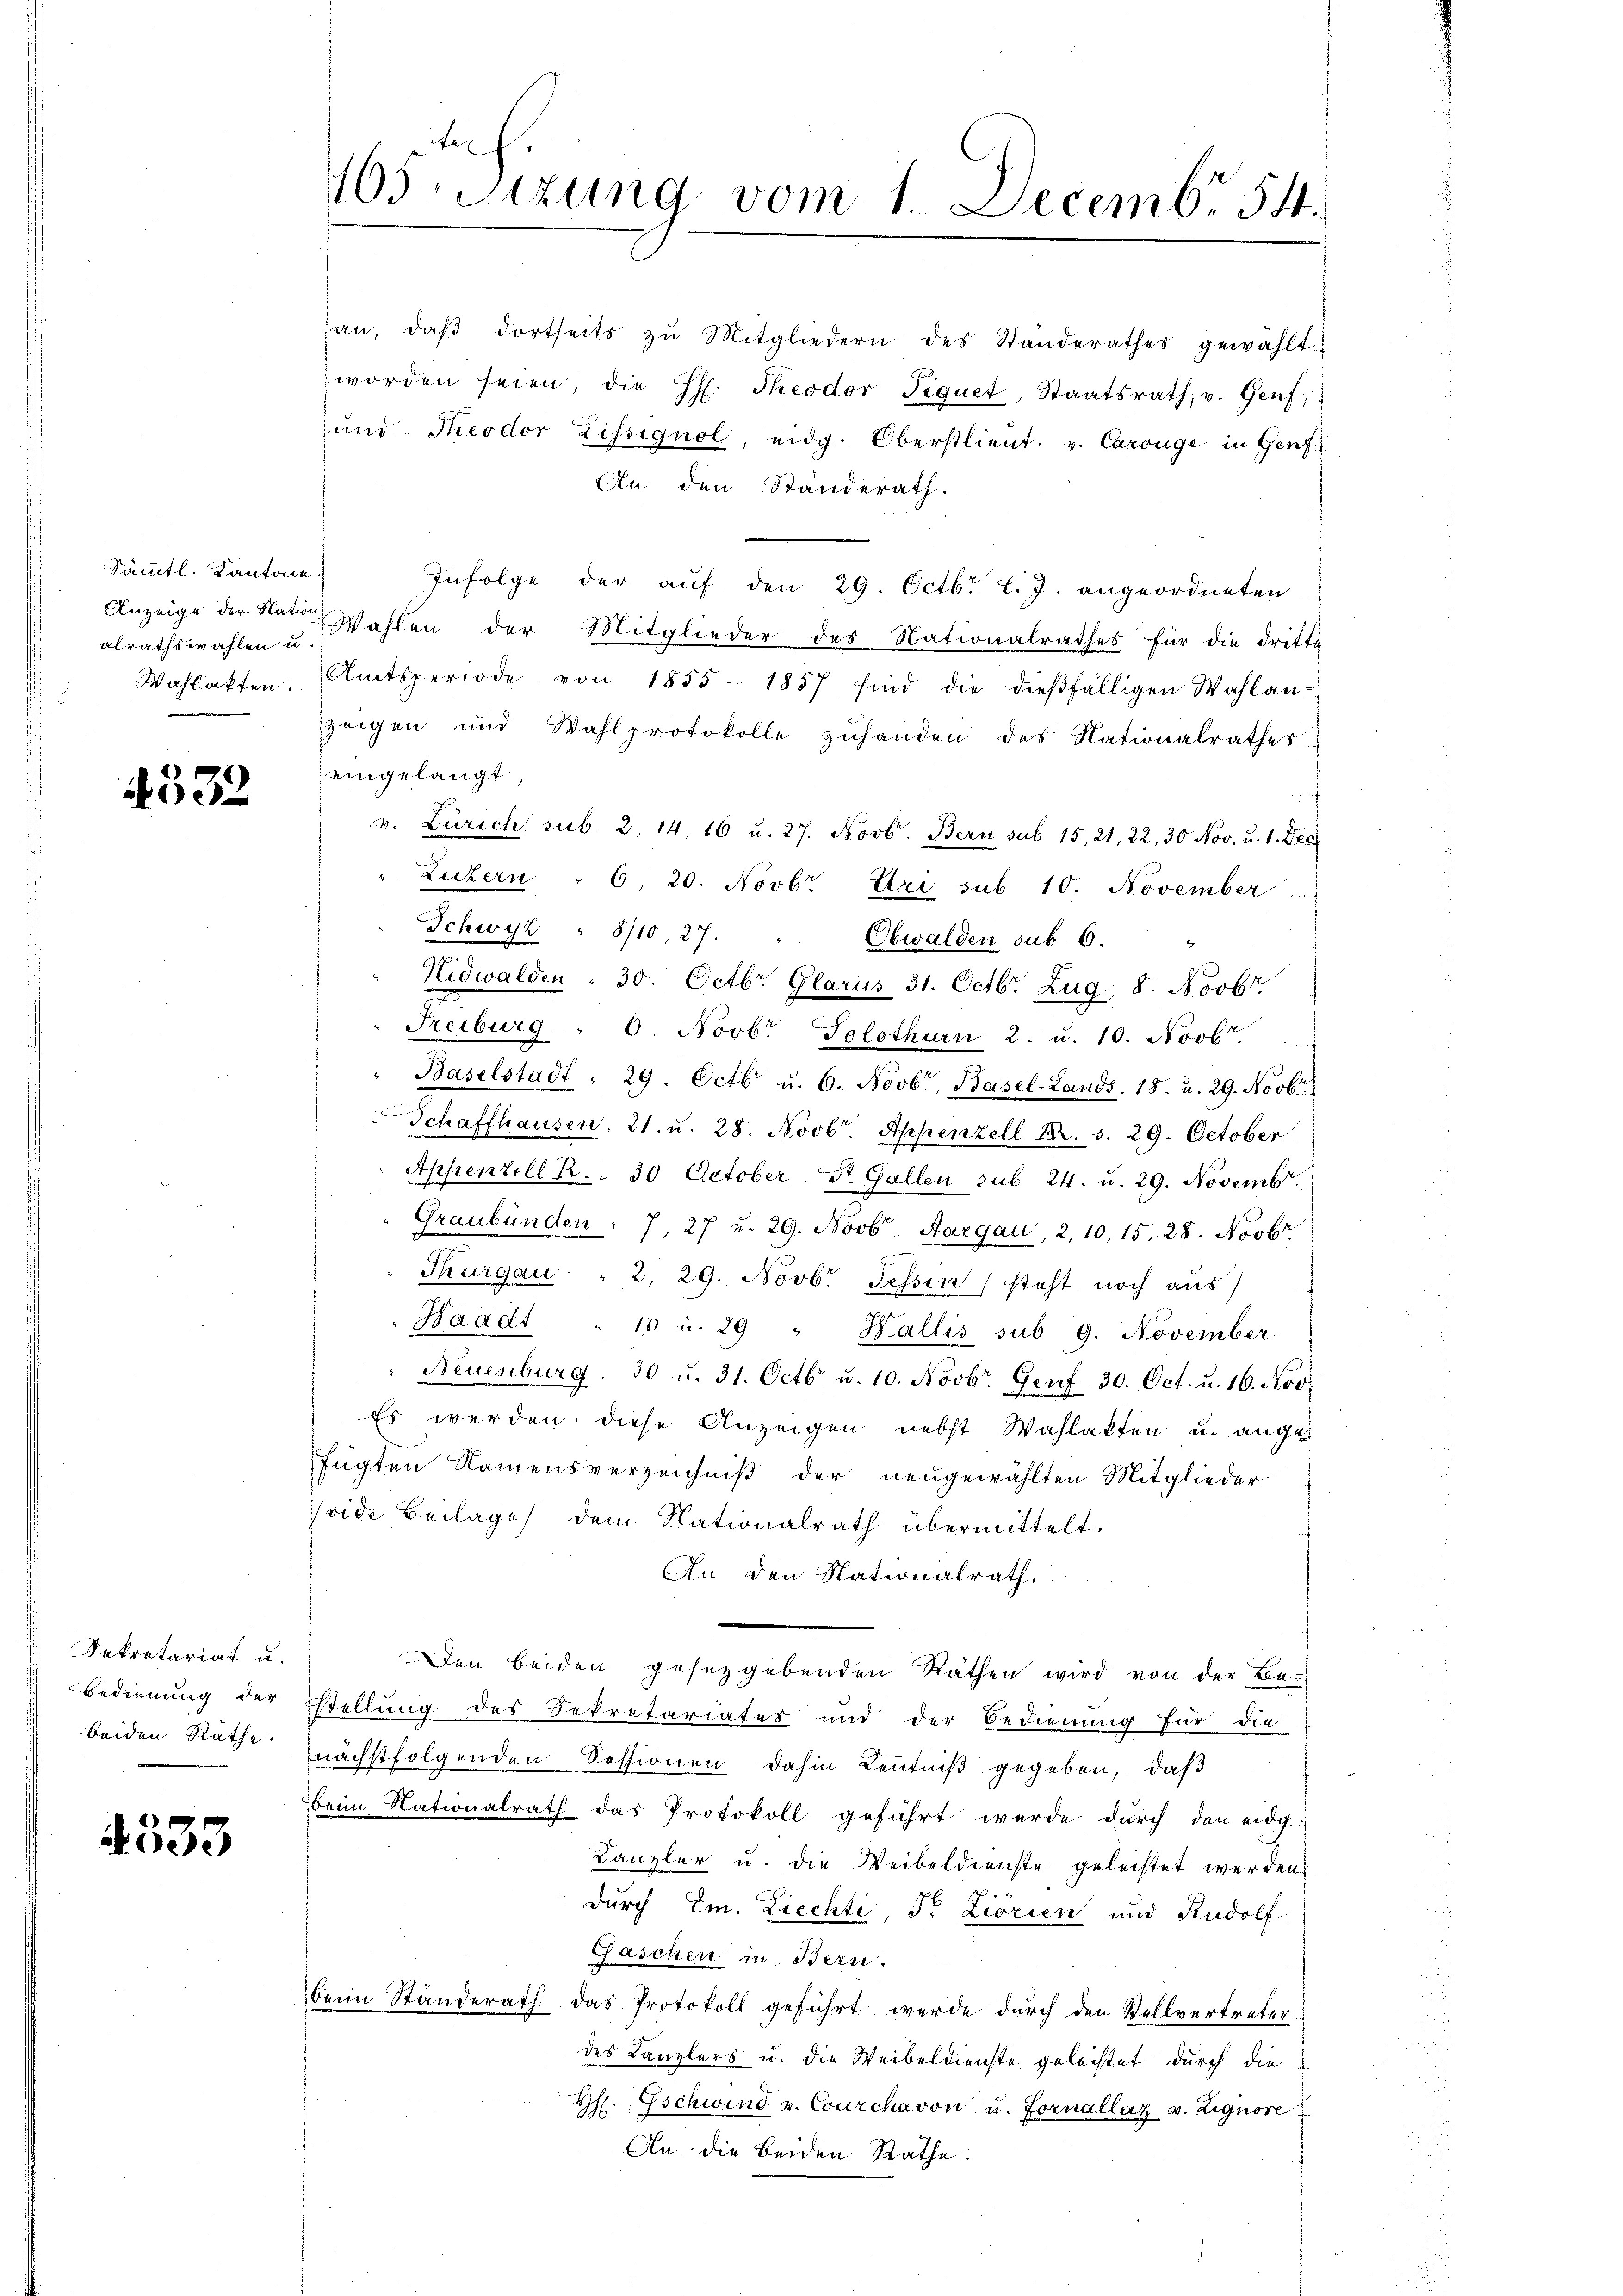
Sämmtl. Kantone.
alrathswahlen u.
Wahlakten.

4532

Sekretariat u.
Bedienung der
beiden Räthe.

4533

an, daβ dortseits zŭ Mitgliedern des Standerathes gewählt
worden seien, die h. Theodor Piquet, Staatsrath, u. Genf,
und Theodor Zissignol, eidg. Oberstlieut. v. Carouge in Genf
An den Standerath.
Infolge der auf den 29. Octbr. l. J. angeordneten
Anzeige der Natur Wahlen der Mitglieder des Nationalrathes für die dritte
Amtsperiode von 1855 - 1857 sind die dießfälligen Wahlan-
zeigen und Wahlprotokolle zuhanden des Nationalrathes
eingelangt,
v. Zürich sub. 2. 14. 16 u. 27. Novb. Bern sub 15, 21, 22, 30 Nov. u. 1. Dec
Luzern - 6. 20. Novbr. Uri sub 10. November
Schwyz " 8/10, 27. " Obwalden sub 6.
Nidwalden - 30. Octbr. Glarus 31. Octbr. Zug 8. Novbr.
Treiburg " 6. Novb. Solothurn 2. u. 10. Novbr.
Baselstadt . 29. Octb u. 6. Novbr., Basel-Lands, 18. u. 29. Novbr.
" Schaffhausen, 21. u. 28. Novb. Appenzell Nr. 5. 29. October
Appenzell R. . 30 October St. Gallen sub. 24. u. 29. Novemb.
Graubünden : 7, 27 u. 29. Novb. Aargau, 2, 10,15. 28. Novbr.
Thurgau " 2, 29. Novb. Tessin steht noch aus
Waadt . 15 u. 29 " Wallis sub 9. November
Neuenburg. 30 u. 31. Octbr. u. 10. Novbr. Genf 30. Oct. u. 16. Nov.
Es werden diese Anzeigen nebst Wahlakten u. anges
fügten Namensverzeichniß der neugewählten Mitglieder
seide Beilage dem Nationalrath übermittelt.
An den Stationalrath.
Den beiden gesetzgebenden Räthen wird von der Be-
stellung des Sekretariates und der Bedienung für die
nächstfolgenden Sessionen dahin Kenntniß gegeben, daß
beim Nationalrath das Protokoll geführt werde durch den eidg-
Kanzler u. die Weibeldienste geleistet werden.
p.
durch Em. Liechti, Fr. Ziorien und Rudolf
Gaschen in Bern.
beim Standerath das Protokoll geführt werde durch den Stellvertreterdes Kanzlers u. die Weibeldienste geleistet durch die
Hs. Gschwind u. Courchavon u. Fornallaz v. Zignore
An die beiden Rathe

405. Sitzung vom 1. Decembr 54.